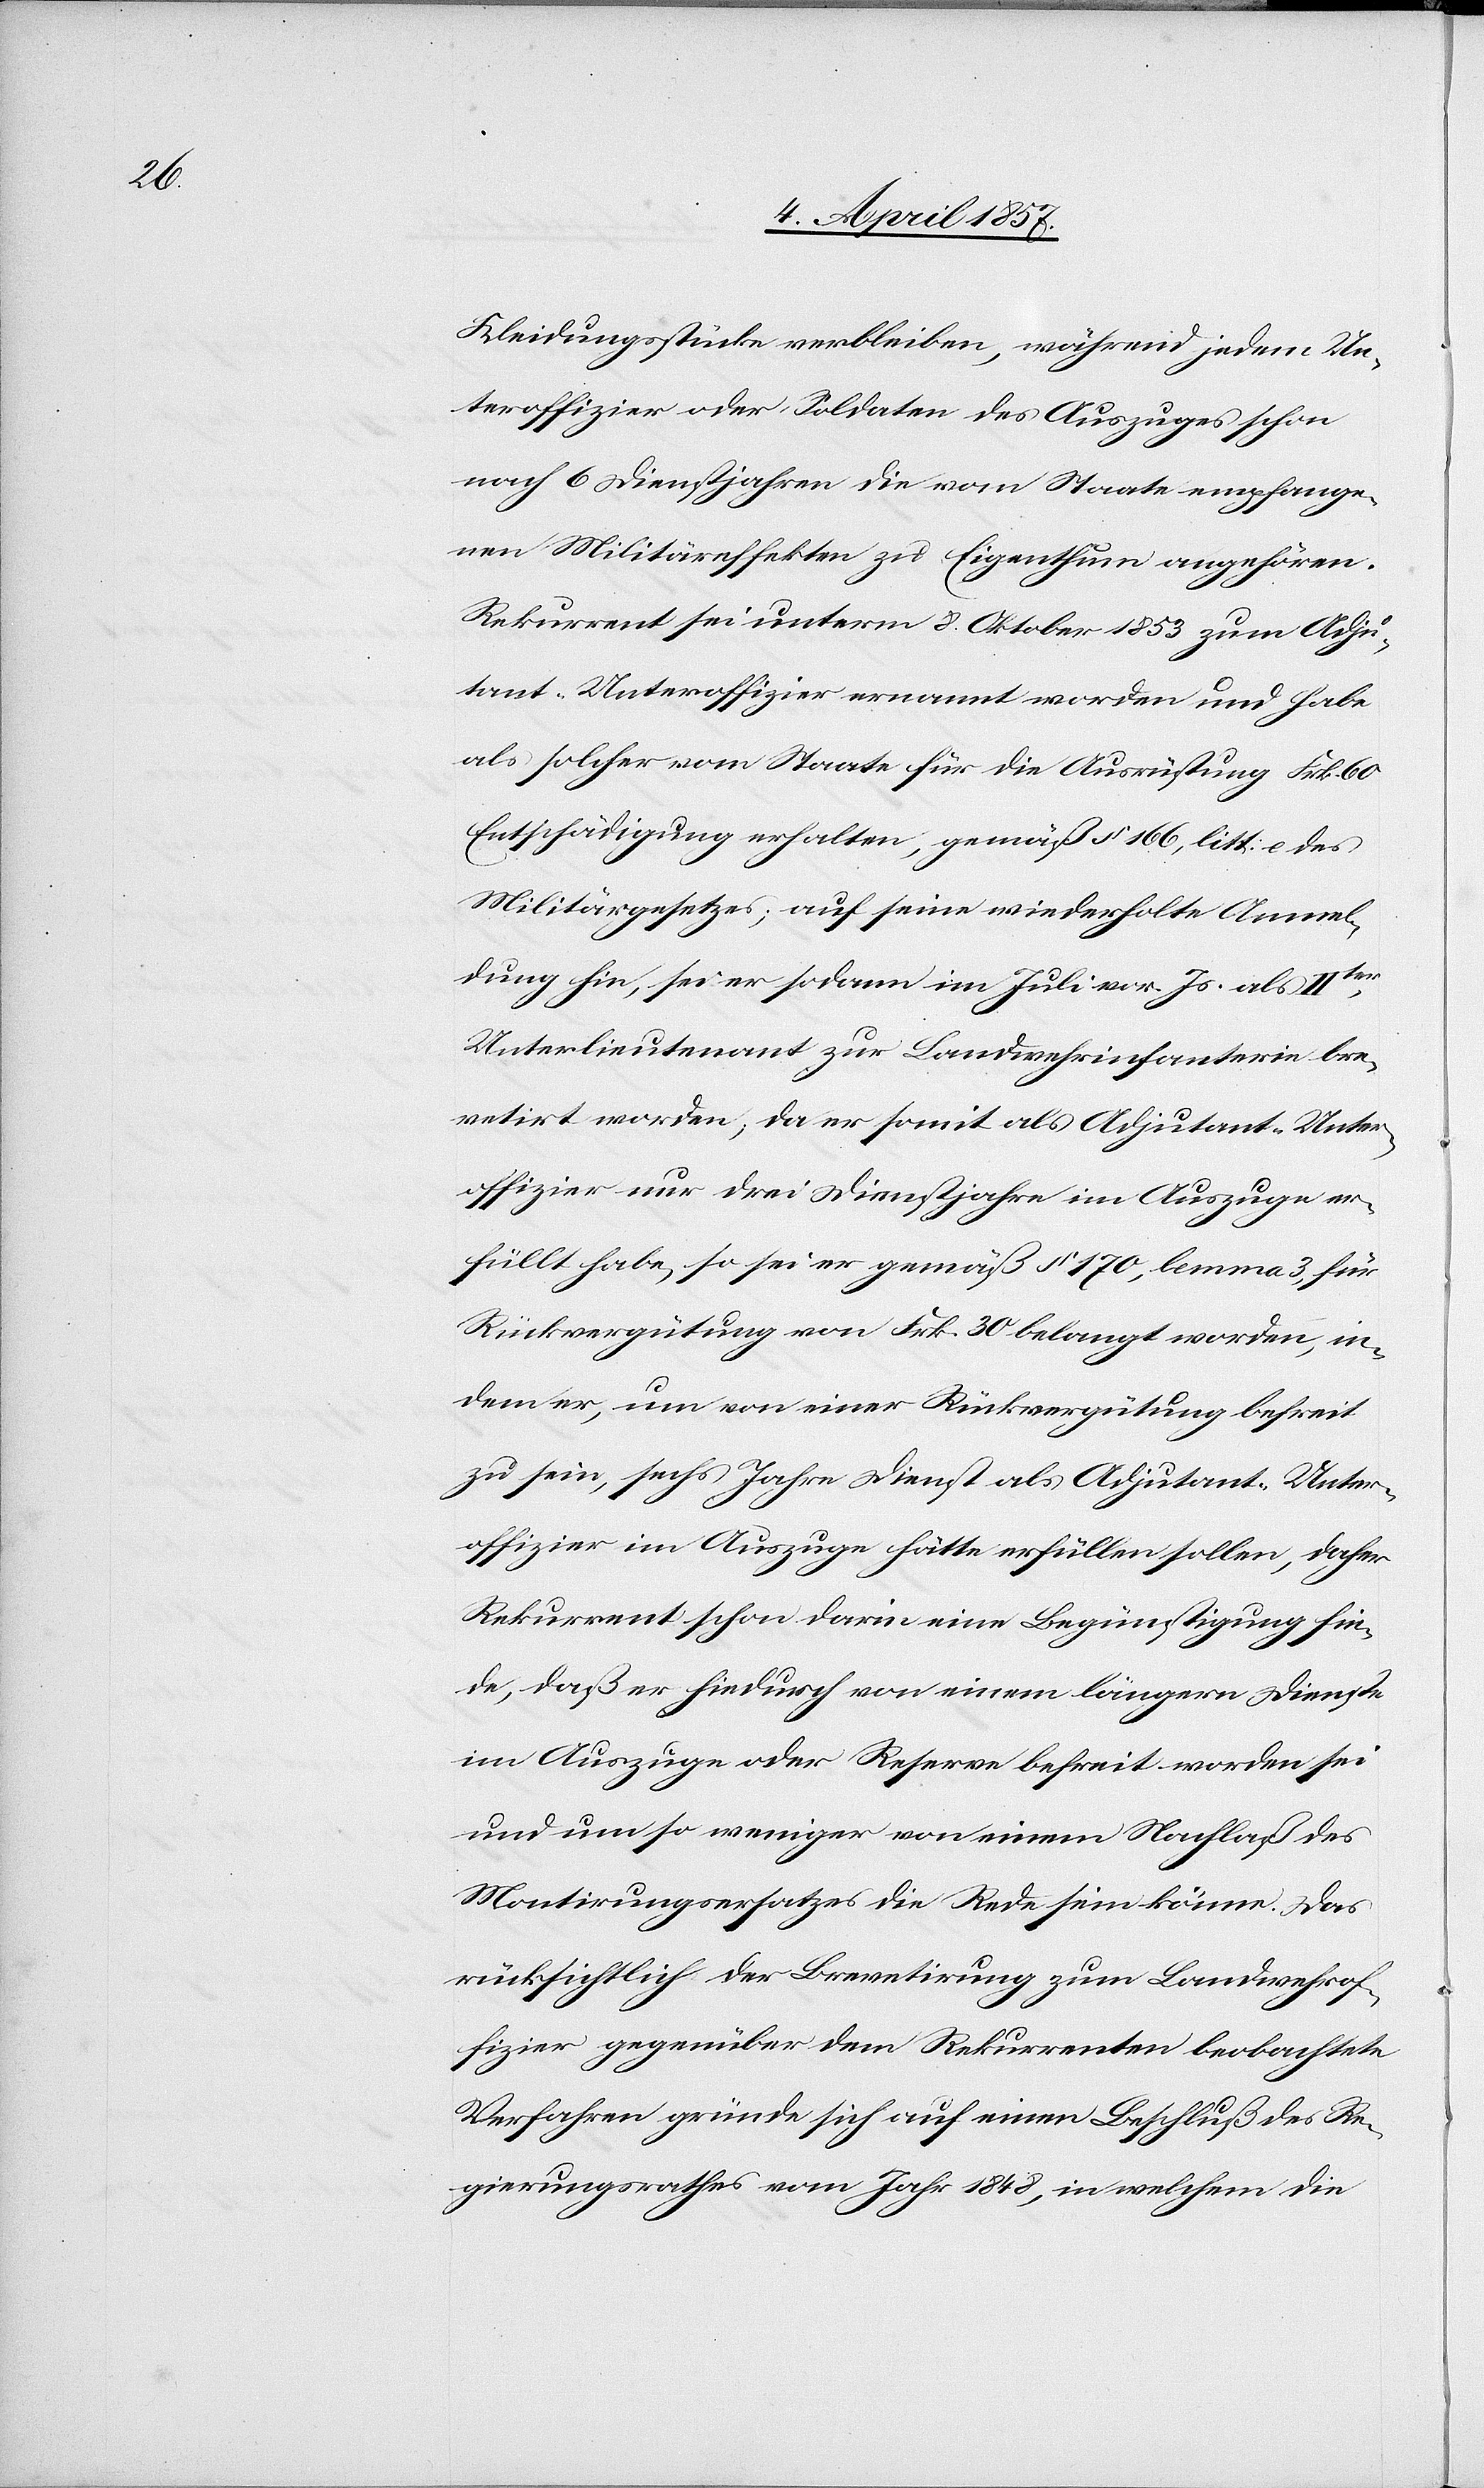
Kleidungsstücke verbleiben, während jedem Un¬
teroffizier oder Soldaten des Auszuges schon
nach 6 Dienstjahren die vom Staate empfange¬
nen Militäreffekten zu Eigenthum angehören.
Rekurrent sei unterm 8. Oktober 1853 zum Adju¬
tant-Unteroffizier ernannt worden und habe
als solcher vom Staate für die Ausrüstung Frk. 60
Entschädigung erhalten, gemäß § 166, litt: e des
Militärgesetzes; auf seine wiederholte Anmel¬
dung hin, sei er sodann im Juli vor. Js. als IIter
Unterlieutenant zur Landwehrinfanterie bre¬
vetirt worden, da er somit als Adjutant-Unter¬
offizier nur drei Dienstjahre im Auszuge er¬
füllt habe, so sei er gemäß § 170, lemma 3, für
Rückvergütung von Frk. 30 belangt worden, in¬
dem er, um von einer Rückvergütung befreit
zu sein, sechs Jahre Dienst als Adjutant-Unter¬
offizier im Auszuge hätte erfüllen sollen, daher
Rekurrent schon darin eine Begünstigung fin¬
de, daß er hiedurch von einem längern Dienste
im Auszuge oder Reserve befreit worden sei
und um so weniger von einem Nachlaß des
Montirungsersatzes die Rede sein könne. Das
rücksichtlich der Brevetirung zum Landwehrof¬
fizier gegenüber dem Rekurrenten beobachtete
Verfahren gründe sich auf einen Beschluß des Re¬
gierungsrathes vom Jahr 1848, in welchem die